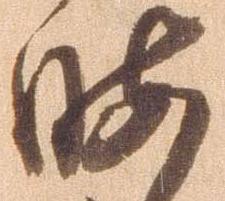
暇